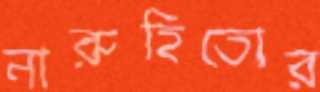
নারুহিতোর